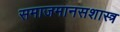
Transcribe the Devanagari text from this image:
समाजमानसशास्त्र